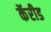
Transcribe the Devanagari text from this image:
कॅरीड